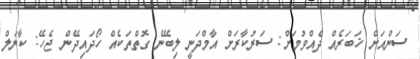
ސަންއަށް ޚަބަރެއް ދެއްވުމަށް: ސަރުކާރަށް އާމްދަނީ ލިބޭނެ ގޮތްތަކެއް ހޯދައިދޭން ޖެހޭ: ކާނަލް